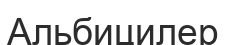
Альбицилер